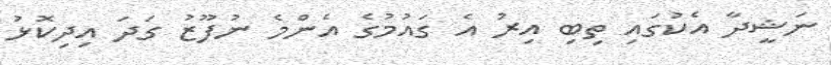
ނަޝީދާ އެކުގައި ތިބި އިރު އެ ގައުމުގެ އެންމެ ނުފޫޒު ގަދަ އިދިކޮޅު